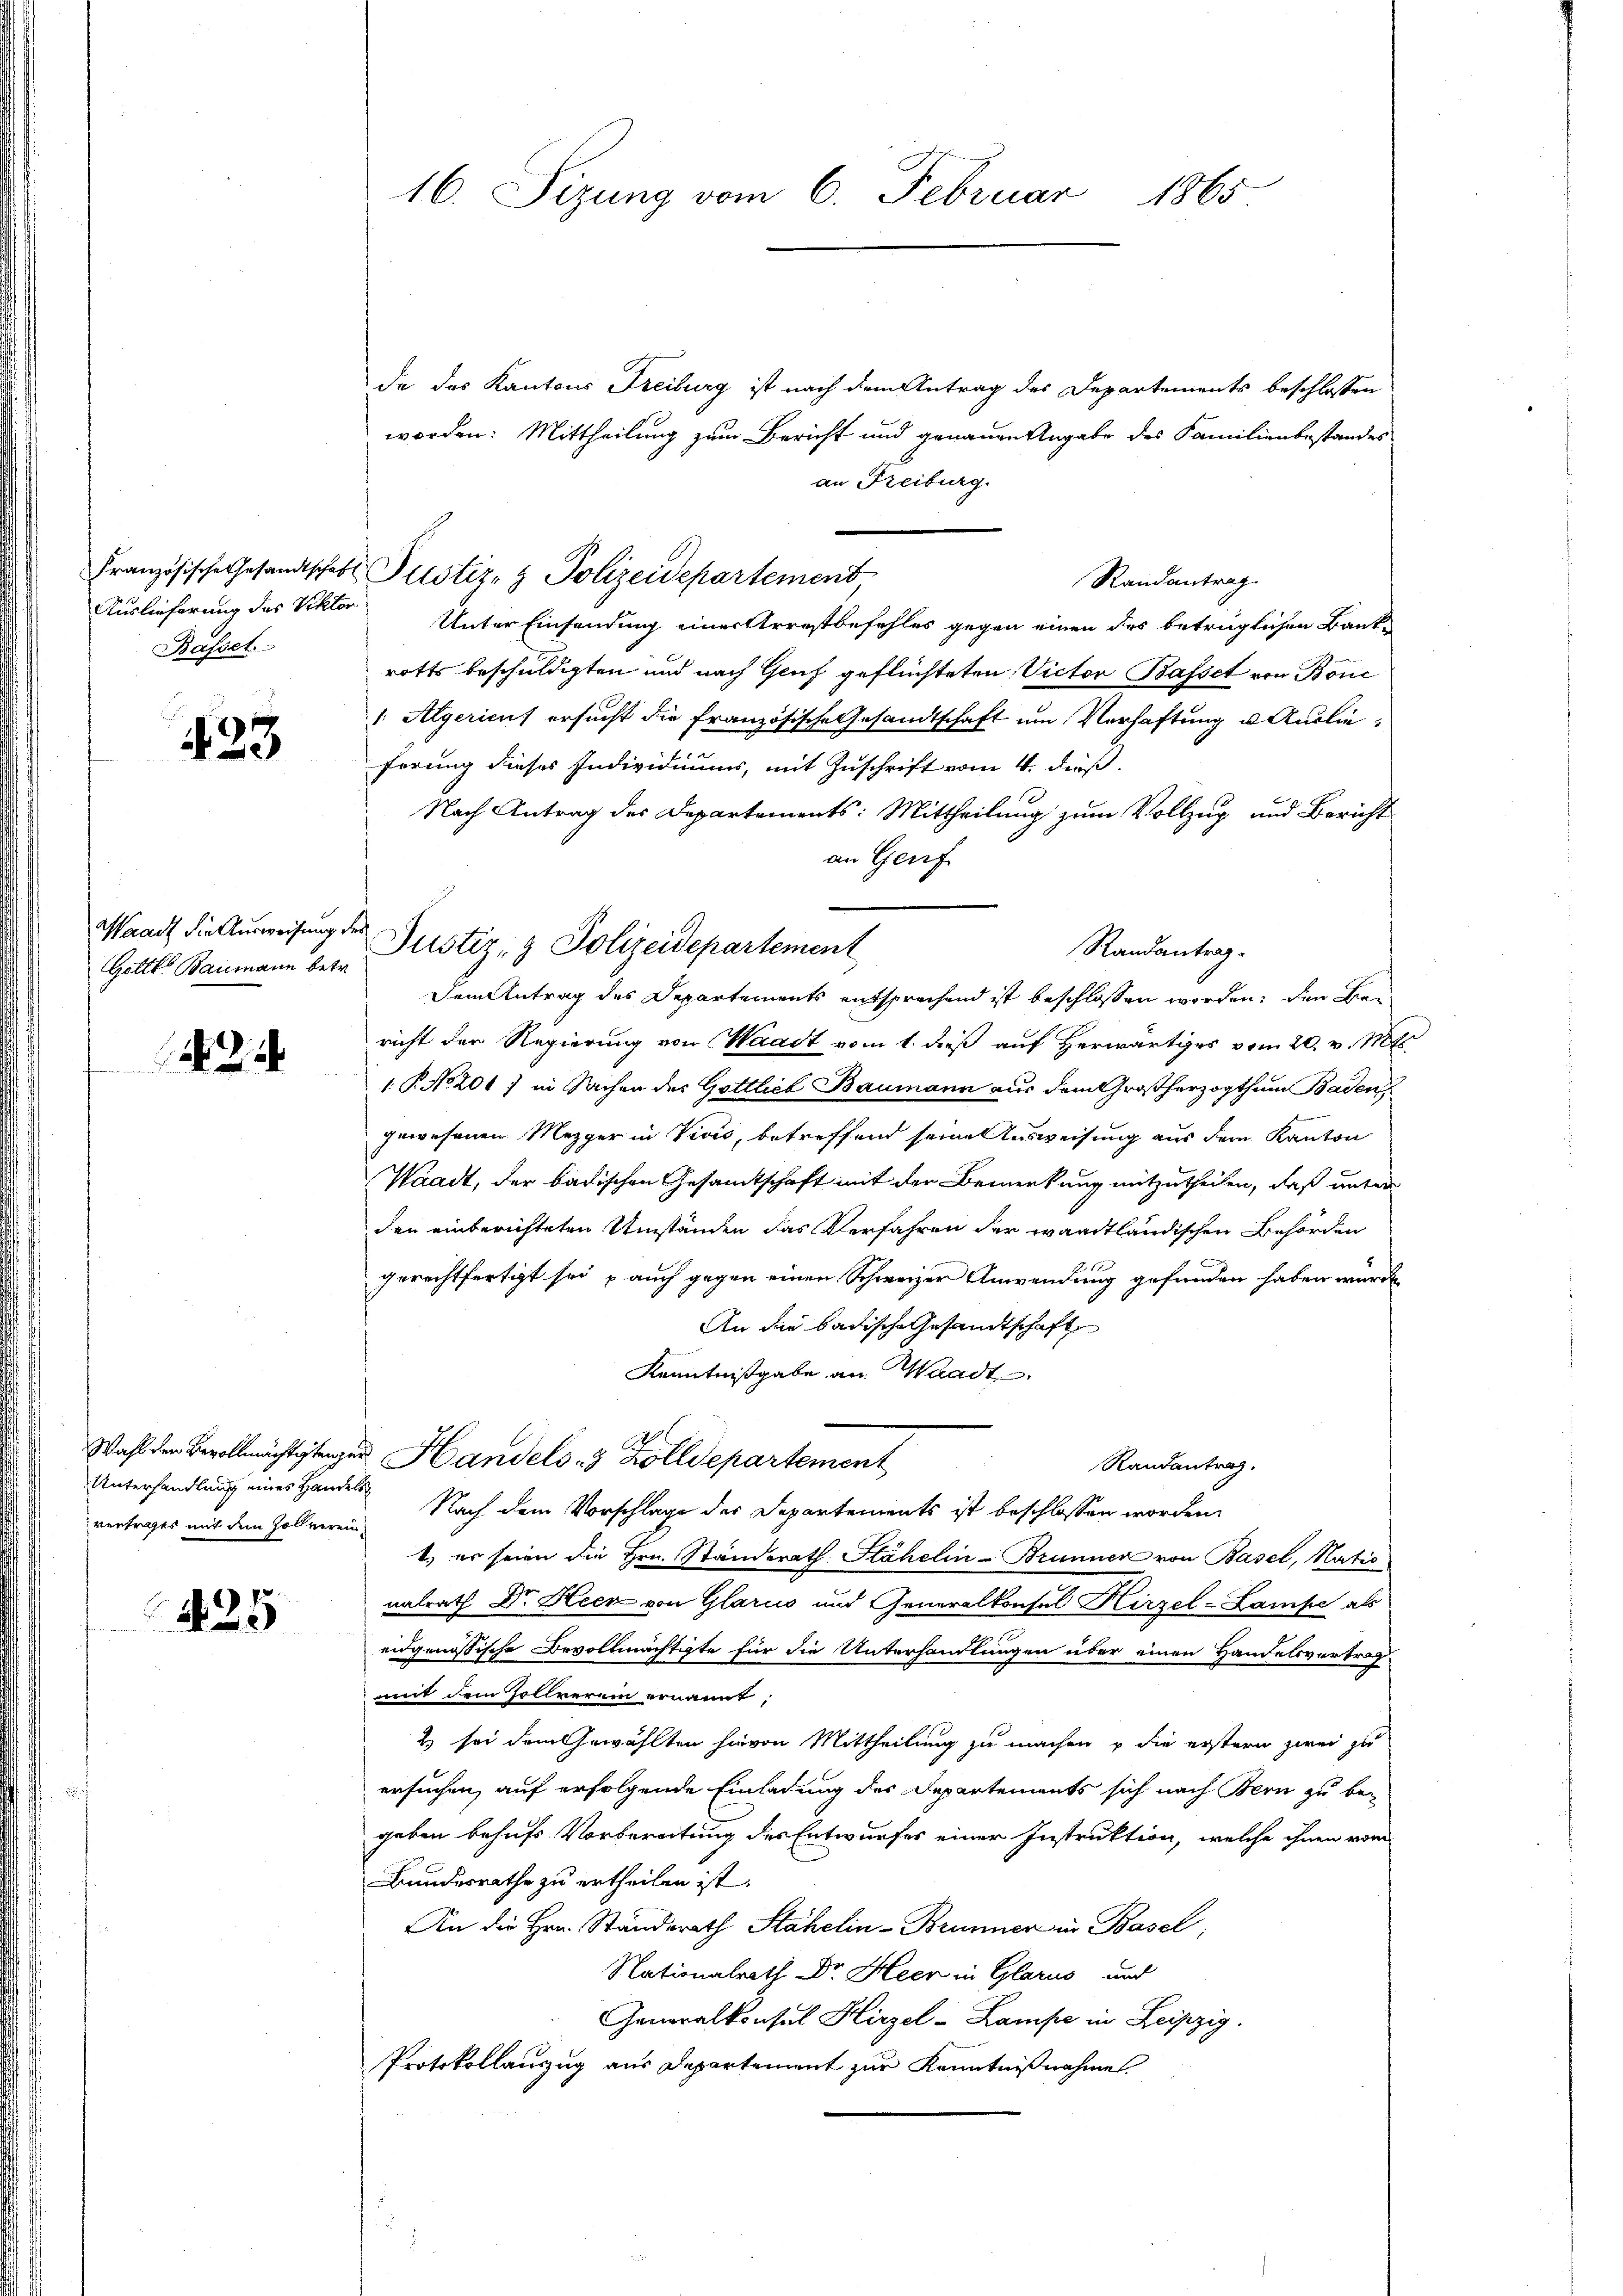
Basset.

433

Gottl. Baumann betr.

Unterhandlung eines Handels
vertrages mit dem Zollverein¬

435

16. Sizung vom 6. Februar 1865

Französische Gesandtschaft Pustiz- & Polizeidepartement

da des Kantons Freiburg ist nach dem Antrag des Departements beschlossen
worden: Mittheilung zum Bericht und genauen Angabe des Familienbestandes
an Freiburg.
Randantrag.
Auslieferung des Sitter Unter Einsendung einer Arrestbefehles gegen einen das betrüglichen Banke
rotts beschuldigten und nach Genf geflüchteten Victor Basset von Bonc
1. Algericus ersucht die französische Gesandtschaft um Verhaftung u. Auslieförung dieses Individiums, mit Zuschrift vom 4. Fuß.
Nach Antrag des Departements: Mittheilung zum Vollzug und Bericht
an Genf
Waadt die Ausweisung der Justiz- & Polizeidepartement
Randantrag¬
Dem Antrag des Departements entsprechend ist beschlossen worden, den Bericht der Regierung von Waadt vom 1. dieß auf Herwärtiges vom 20. v. Mts.
1. P. No 201 ; in Sachen des Gottlieb Baumann aus dem Großherzogthum Baden
gewesenen Mezger in Vivis, betreffend seines Ausweisung aus dem Kanton
Waadt, der badischen Gesamtschaft mit der Bemerkung mitzutheilen, daß unter
den einberichteten Umständen das Verfahren der waadtländischen Behörden
gerechtfertigt sei, u auch gegen einen Schweizer Anwendung gefunden haben würde.
An die badische Gesandtschaft
Kenntnißgabe an Waadt
Wahl den Bevollmächtigtager Handels- & Zolldepartement
Randantrag.
Nach dem Vorschlage des Departements ist beschlossen worden.
1) er seien die Hrn. Standerath Stähelin-Brunner von Basel, Natio
nalrath Dr. Heer von Glarus und Generalkonsul Hirzel-Lampe als
eidgenössische Bevollmächtigte für die Unterhandlungen über einen Handelsvertrag
mit dem Zollverein ernannt,
2) sei dem Gewählten hievon Mittheilung zu machen u die erstern zwei zu
ersuchen, auf erfolgende Einladung des Departements sich nach Bern zu begeben behufs Vorbereitung des Entwurfes einer Instruktion, welche ihnen vom
Bundesrathe zu ertheilen ist.
An die Hrn. Ständerath Stähelin-Brunner in Basel,
Nationalrath Dr. Heer in Glarus und
Generalkonsul Hirzel-Lampe in Leipzig.
Protokollauszug aus Departement zur Kenntnißnahme